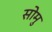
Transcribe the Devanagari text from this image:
सोमु